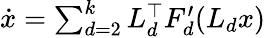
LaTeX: \begin{array}{r}{\dot{x}=\sum_{d=2}^{k}L_{d}^{\top}F_{d}^{\prime}(L_{d}x)}\end{array}